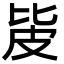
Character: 㿫